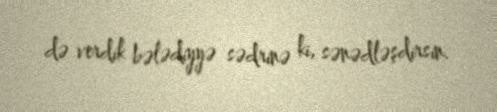
də verdik bələdiyyə sədrinə ki, sənədləşdirsin.